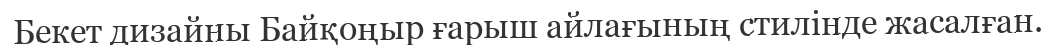
Бекет дизайны Байқоңыр ғарыш айлағының стилінде жасалған.